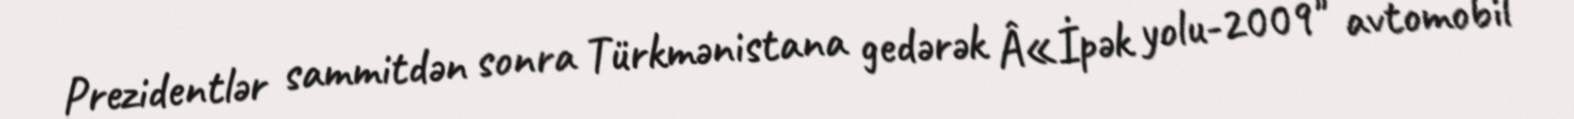
Prezidentlər sammitdən sonra Türkmənistana gedərək Â«İpək yolu-2009" avtomobil